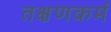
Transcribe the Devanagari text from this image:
तक्षणकर्म